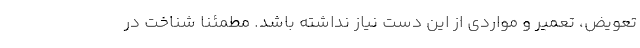
تعویض، تعمیر و مواردی از این دست نیاز نداشته باشد. مطمئنا شناخت در